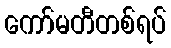
ကော်မတီတစ်ရပ်